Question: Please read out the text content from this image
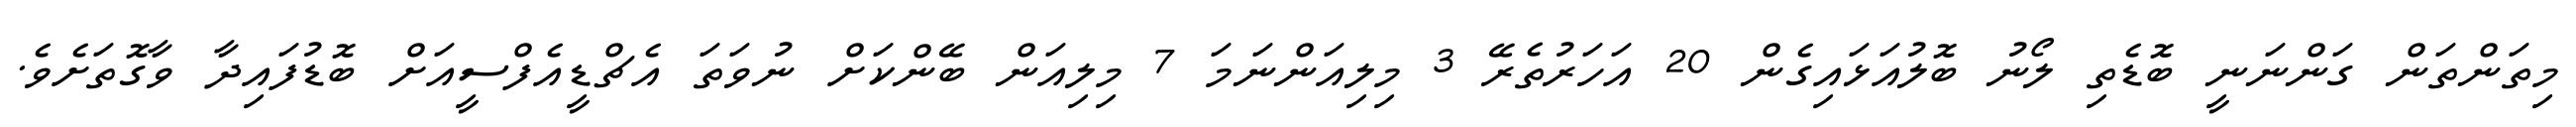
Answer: މިތަންތަން ގަންނަނީ ބޮޑެތި ލޯނު ބޮލުއަޅައިގެން 20 އަހަރުތެރޭ 3 މިލިއަންނަމަ 7 މިލިއަން ބޭންކަށް ނުވަތަ އެޗްޑީއެފްސީއަށް ބޮޑުފައިދާ ވާގޮތަށެވެ.